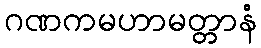
ဂဏကမဟာမတ္တာနံ